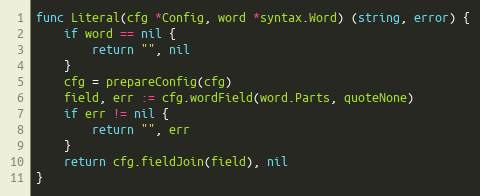
Language: Go
func Literal(cfg *Config, word *syntax.Word) (string, error) {
	if word == nil {
		return "", nil
	}
	cfg = prepareConfig(cfg)
	field, err := cfg.wordField(word.Parts, quoteNone)
	if err != nil {
		return "", err
	}
	return cfg.fieldJoin(field), nil
}